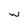
Character: w